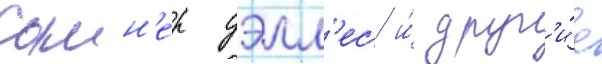
самн'ер уэлл'ес и́ друг'и́е